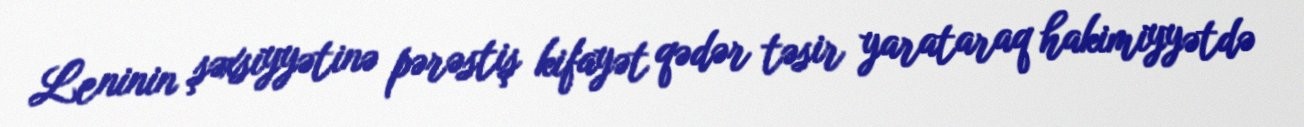
Leninin şəxsiyyətinə pərəstiş kifayət qədər təsir yarataraq hakimiyyətdə